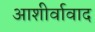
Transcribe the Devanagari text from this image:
आशीर्वावाद